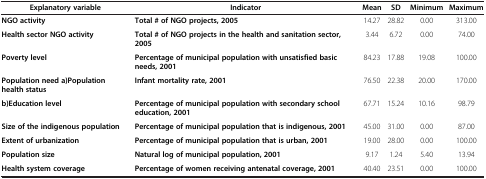
<table><thead><tr><td><b>Explanatory variable</b></td><td><b>Indicator</b></td><td><b>Mean</b></td><td><b>SD</b></td><td><b>Minimum</b></td><td><b>Maximum</b></td></tr></thead><tbody><tr><td><b>NGO activity</b></td><td><b>Total # of NGO projects, 2005</b></td><td>14.27</td><td>28.82</td><td>0.00</td><td>313.00</td></tr><tr><td><b>Health sector NGO activity</b></td><td><b>Total # of NGO projects in the health and sanitation sector, 2005</b></td><td>3.44</td><td>6.72</td><td>0.00</td><td>74.00</td></tr><tr><td><b>Poverty level</b></td><td><b>Percentage of municipal population with unsatisfied basic needs, 2001</b></td><td>84.23</td><td>17.88</td><td>19.08</td><td>100.00</td></tr><tr><td><b>Population need a)Population health status</b></td><td><b>Infant mortality rate, 2001</b></td><td>76.50</td><td>22.38</td><td>20.00</td><td>170.00</td></tr><tr><td><b>b)Education level</b></td><td><b>Percentage of municipal population with secondary school education, 2001</b></td><td>67.71</td><td>15.24</td><td>10.16</td><td>98.79</td></tr><tr><td><b>Size of the indigenous population</b></td><td><b>Percentage of municipal population that is indigenous, 2001</b></td><td>45.00</td><td>31.00</td><td>0.00</td><td>87.00</td></tr><tr><td><b>Extent of urbanization</b></td><td><b>Percentage of municipal population that is urban, 2001</b></td><td>19.00</td><td>28.00</td><td>0.00</td><td>100.00</td></tr><tr><td><b>Population size</b></td><td><b>Natural log of municipal population, 2001</b></td><td>9.17</td><td>1.24</td><td>5.40</td><td>13.94</td></tr><tr><td><b>Health system coverage</b></td><td><b>Percentage of women receiving antenatal coverage, 2001</b></td><td>40.40</td><td>23.51</td><td>0.00</td><td>100.00</td></tr></tbody></table>